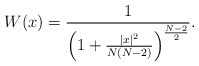
\begin{align*} W(x)=\frac{1}{\left(1+\frac{|x|^2}{N(N-2)}\right)^{\frac{N-2}{2}}}.\end{align*}